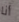
أنا